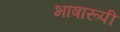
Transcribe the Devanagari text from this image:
भाषारूपी